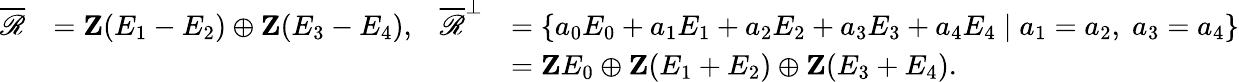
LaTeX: \begin{array}{rlrl}{\overline{{\mathscr{R}}}}&{=\mathbf{Z}(E_{1}-E_{2})\oplus\mathbf{Z}(E_{3}-E_{4}),}&{\overline{{\mathscr{R}}}^{\perp}}&{=\left\{ a_{0}E_{0}+a_{1}E_{1}+a_{2}E_{2}+a_{3}E_{3}+a_{4}E_{4}\mid a_{1}=a_{2},\; a_{3}=a_{4}\right\} }\\ &{}&&{=\mathbf{Z}E_{0}\oplus\mathbf{Z}(E_{1}+E_{2})\oplus\mathbf{Z}(E_{3}+E_{4}).}\end{array}